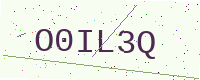
Text: O0IL3Q